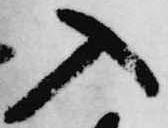
入